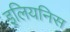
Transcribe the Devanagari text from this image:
इलियनिस